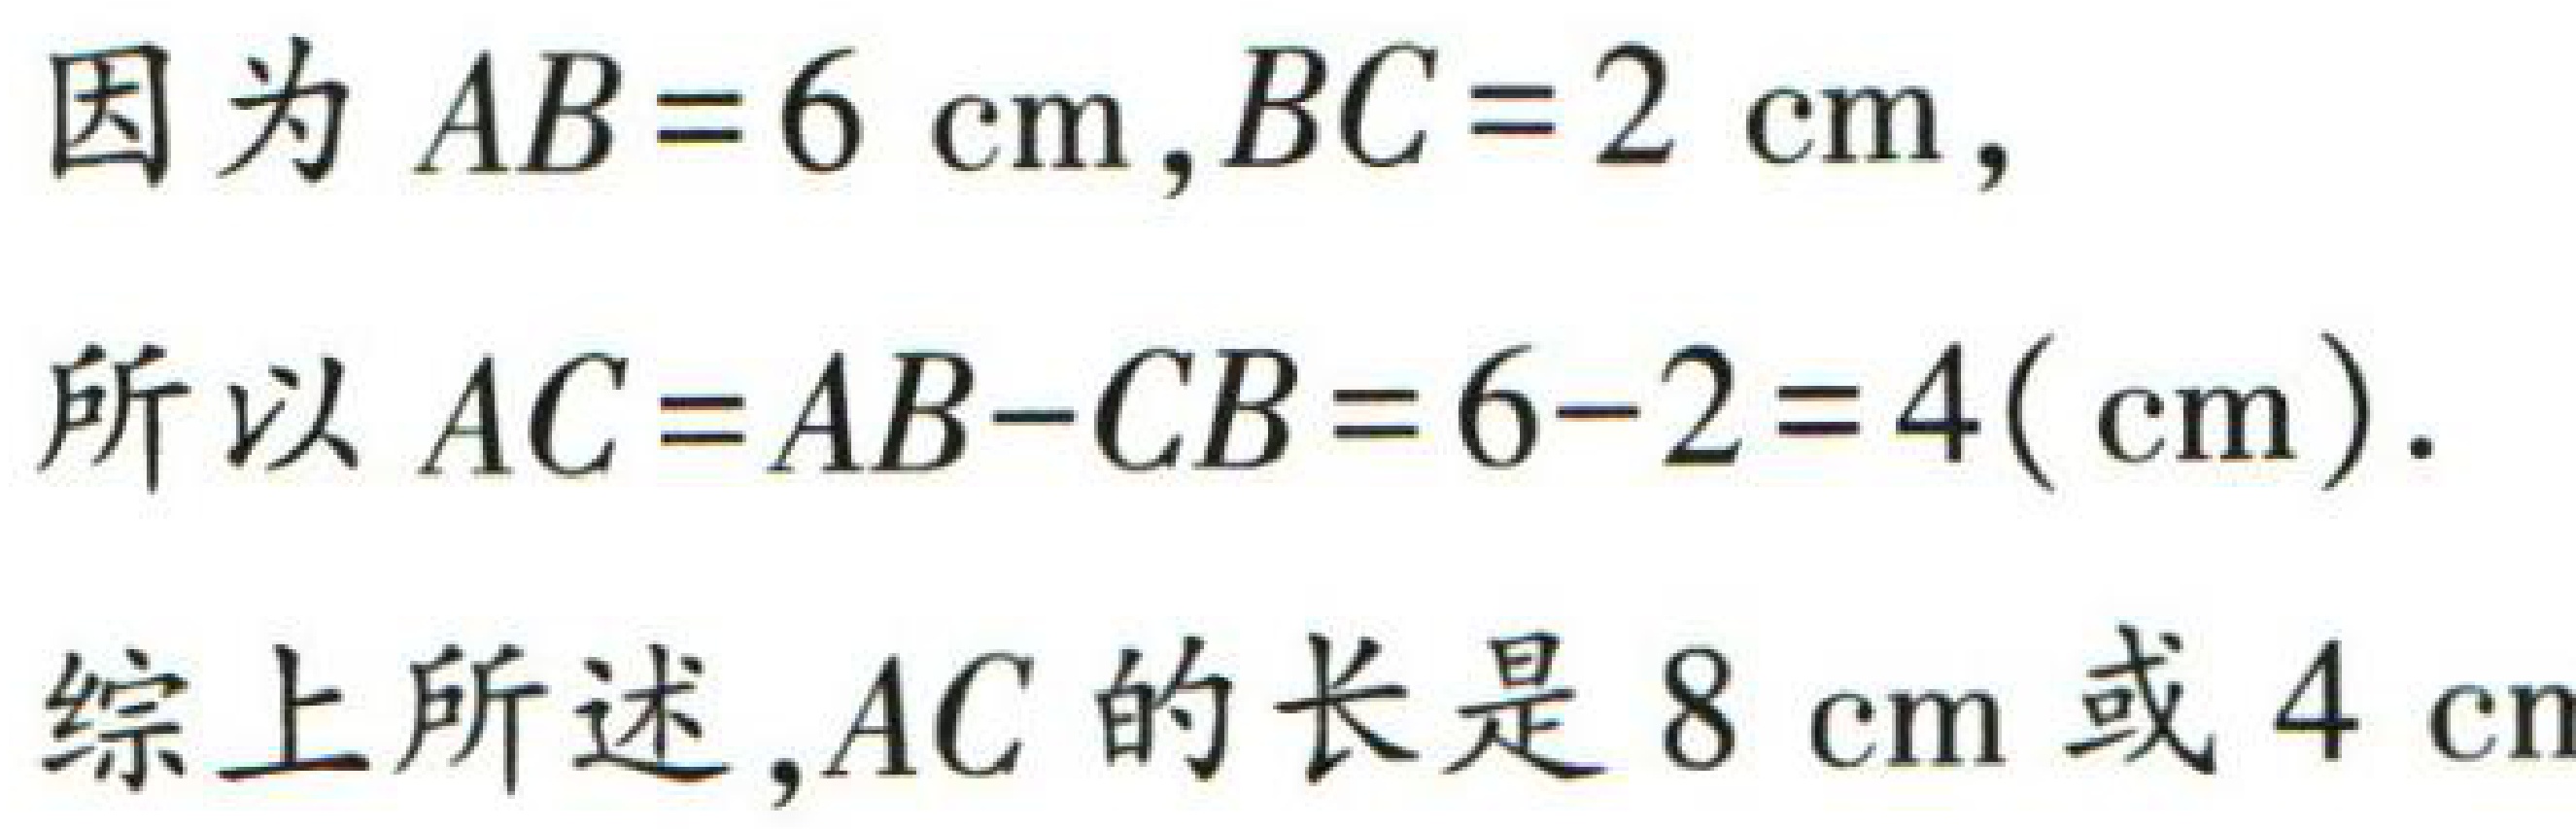
因为 \(AB = 6\mathrm{cm},BC = 2\mathrm{cm},\)

所以 \(AC=AB - CB=6 - 2 = 4(\mathrm{cm}).\)

综上所述,\(AC\) 的长是 \(8\mathrm{cm}\) 或 \(4\mathrm{cm}\)